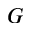
G